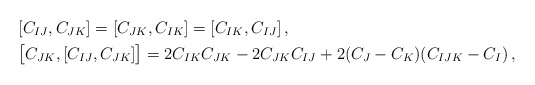
\begin{align*}&[C_{IJ},C_{JK}]=[C_{JK},C_{IK}]=[C_{IK},C_{IJ}]\,, \\&\big[C_{JK},[C_{IJ},C_{JK}]\big]=2 C_{IK}C_{JK}-2C_{JK}C_{IJ} + 2(C_J-C_K)(C_{IJK} -C_I)\,, \end{align*}